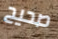
صحيح